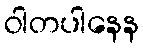
ဝါတပါနေန